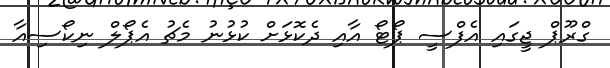
ގްރޫޕް ޖީގައި އެފްސީ ޕޯޓޯ އާއި ދެކޮޅަށް ކުޅުނު މެޗު އެޕޯލް ނިކޯސިއާ